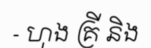
- ហុង គ្រី និង